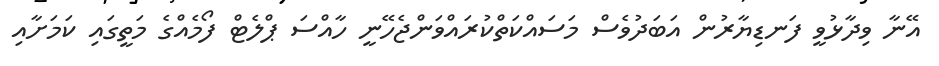
އޭނާ ވިދާޅުވީ ފަނޑިޔާރުން އަބަދުވެސް މަސައްކަތްކުރައްވަންޖެހޭނީ ހާއްސަ ޕްލެޓް ފޯމެއްގެ މަތީގައި ކަމަށާއި